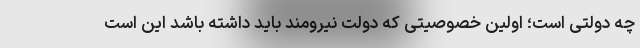
چه دولتی است؛ اولین خصوصیتی که دولت نیرومند باید داشته باشد این است